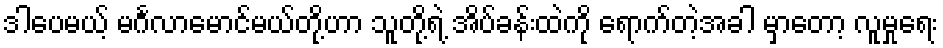
ဒါပေမယ့် မင်္ဂလာမောင်မယ်တို့ဟာ သူတို့ရဲ့ အိပ်ခန်းထဲကို ရောက်တဲ့အခါ မှာတော့ လူမှုရေး